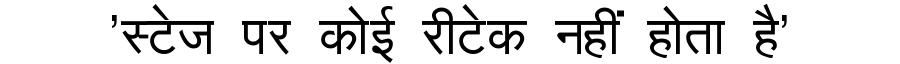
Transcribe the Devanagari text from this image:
'स्टेज पर कोई रीटेक नहीं होता है'